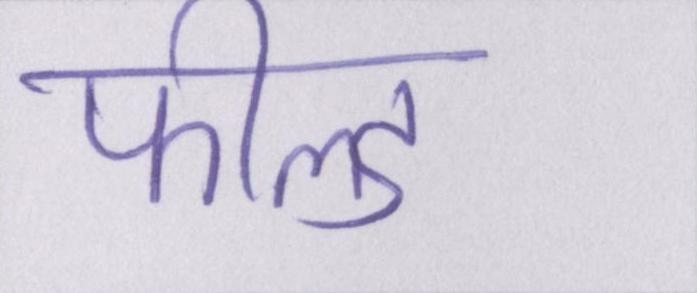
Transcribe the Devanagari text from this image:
फील्ड